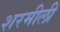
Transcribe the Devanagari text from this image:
शरमीली